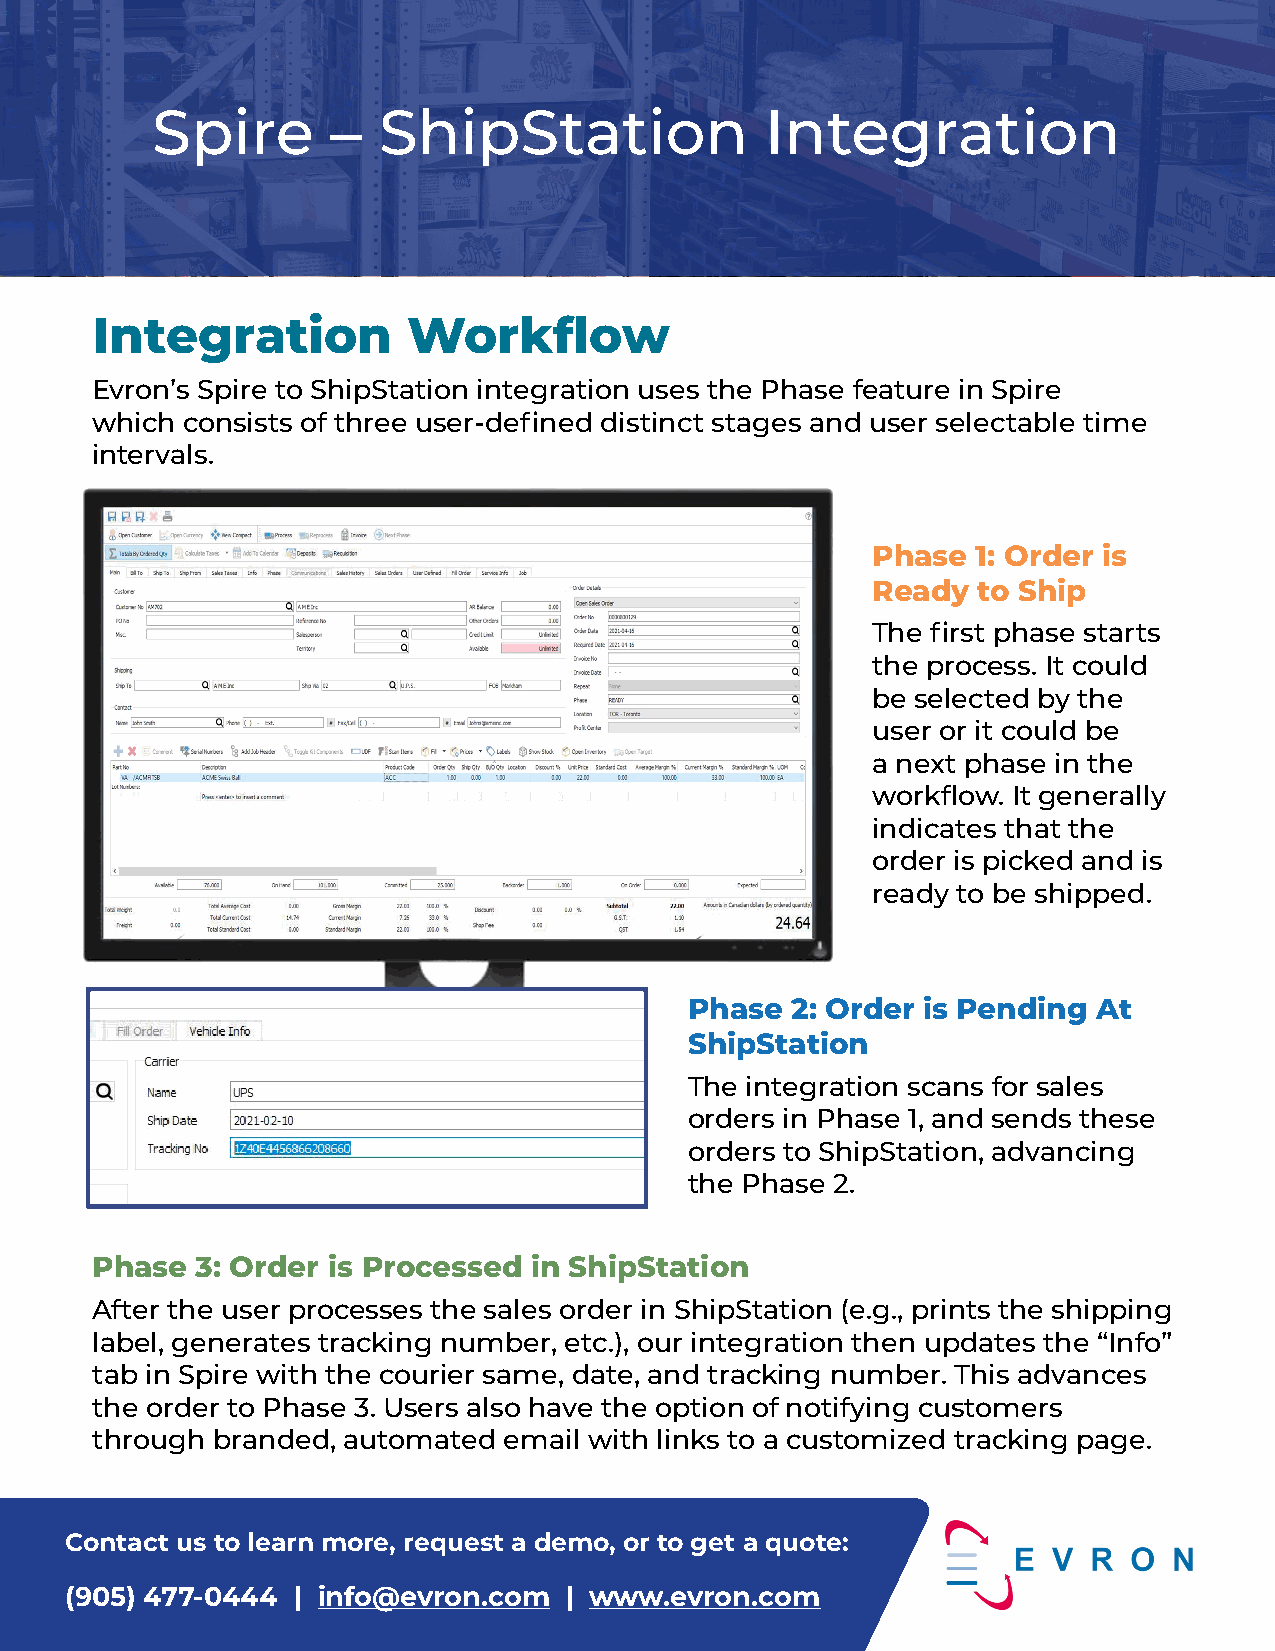
Spire       –  ShipStation               Integration
 Integration          Workflow
 Evron’s Spire to ShipStation integration uses the Phase feature in Spire
 which consists of three user-defined distinct stages and user selectable time
 intervals.
 Phase  1: Order is
 Ready  to Ship
 The first phase starts
 the process. It could
 be selected by the
 user or it could be
 a next phase in the
 workflow. It generally
 indicates that the
 order is picked and is
 ready to be shipped.
 Phase 2: Order is Pending  At
 ShipStation
 The integration scans for sales
 orders in Phase 1, and sends these
 orders to ShipStation, advancing
 the Phase 2.
 Phase  3: Order is Processed in ShipStation
 After the user processes the sales order in ShipStation (e.g., prints the shipping
 label, generates tracking number, etc.), our integration then updates the “Info”
 tab in Spire with the courier same, date, and tracking number. This advances
 the order to Phase 3. Users also have the option of notifying customers
 through branded, automated email with links to a customized tracking page.
 Contact us to learn more, request a demo, or to get a quote:
 (905) 477-0444 | info@evron.com  | www.evron.com